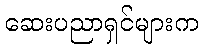
ဆေးပညာရှင်များက